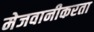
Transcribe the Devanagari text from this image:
मेजवानीकरता